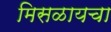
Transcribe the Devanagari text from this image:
मिसळायचा